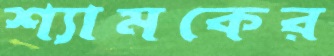
শ্যামকের